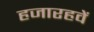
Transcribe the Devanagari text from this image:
हजारहवें